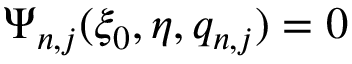
\Psi _ { n , j } ( \xi _ { 0 } , \eta , q _ { n , j } ) = 0